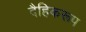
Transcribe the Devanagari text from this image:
दैहिकरूप